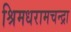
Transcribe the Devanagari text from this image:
श्रिमधरामचन्द्रा